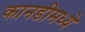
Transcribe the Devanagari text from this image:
कानडीमध्ये